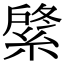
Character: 𦂟